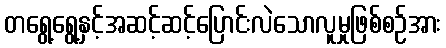
တရွေ့ရွေ့နှင့်အဆင့်ဆင့်ပြောင်းလဲသောလူမှုဖြစ်စဉ်အား